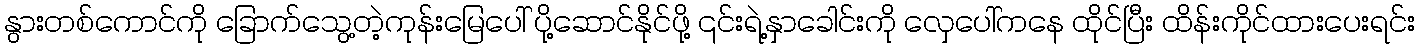
နွားတစ်ကောင်ကို ခြောက်သွေ့တဲ့ကုန်းမြေပေါ် ပို့ဆောင်နိုင်ဖို့ ၎င်းရဲ့နှာခေါင်းကို လှေပေါ်ကနေ ထိုင်ပြီး ထိန်းကိုင်ထားပေးရင်း